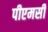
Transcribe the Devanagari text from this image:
पीएमसी